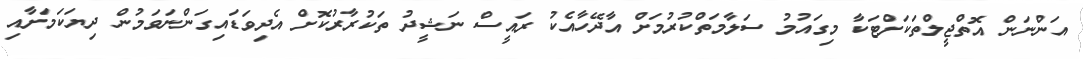
އަންނަން އޮތްޖީލްތަކަށްޓަކާ މިގައުމު ސަލާމަތްކުރުމަށް އާދޭހާއެކު ރައީސް ނަޝީދު ތަކުރާރުކޮށް އެދިވަޑައިގަންނަވަމުން ދިޔަކަމަށާއި